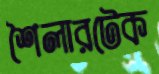
শৈলারটেক